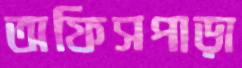
অফিসপাড়া